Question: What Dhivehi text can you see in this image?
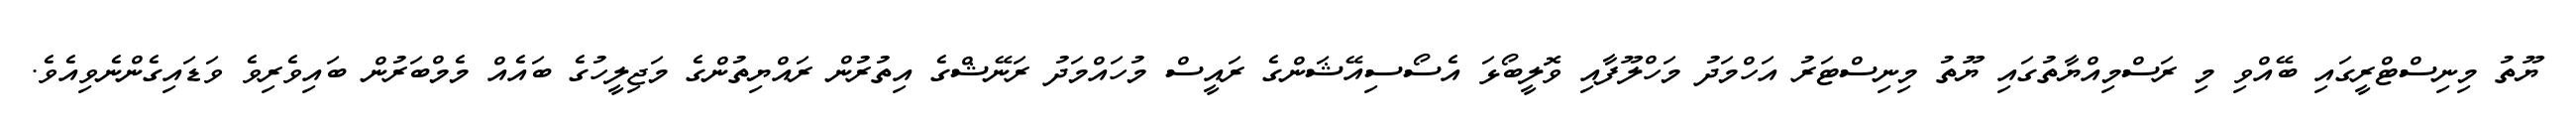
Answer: ޔޫތު މިނިސްޓްރީގައި ބޭއްވި މި ރަސްމިއްޔާތުގައި ޔޫތު މިނިސްޓަރު އަހްމަދު މަހްލޫފާއި ވޮލީބޯޅަ އެސޯސިއޭޝަންގެ ރައީސް މުހައްމަދު ރަނޭޝްގެ އިތުރުން ރައްޔިތުންގެ މަޖިލީހުގެ ބައެއް މެމްބަރުން ބައިވެރިވެ ވަޑައިގެންނެވިއެވެ.